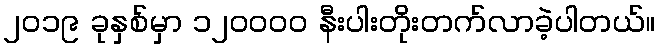
၂၀၁၉ ခုနှစ်မှာ ၁၂၀၀၀၀ နီးပါးတိုးတက်လာခဲ့ပါတယ်။